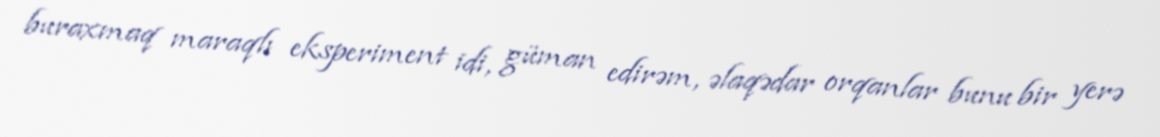
buraxmaq maraqlı eksperiment idi, güman edirəm, əlaqədar orqanlar bunu bir yerə